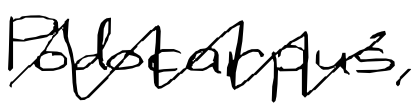
Text: Podocarpus,
Cross-out: zig-zag
Writing tool: digital_black